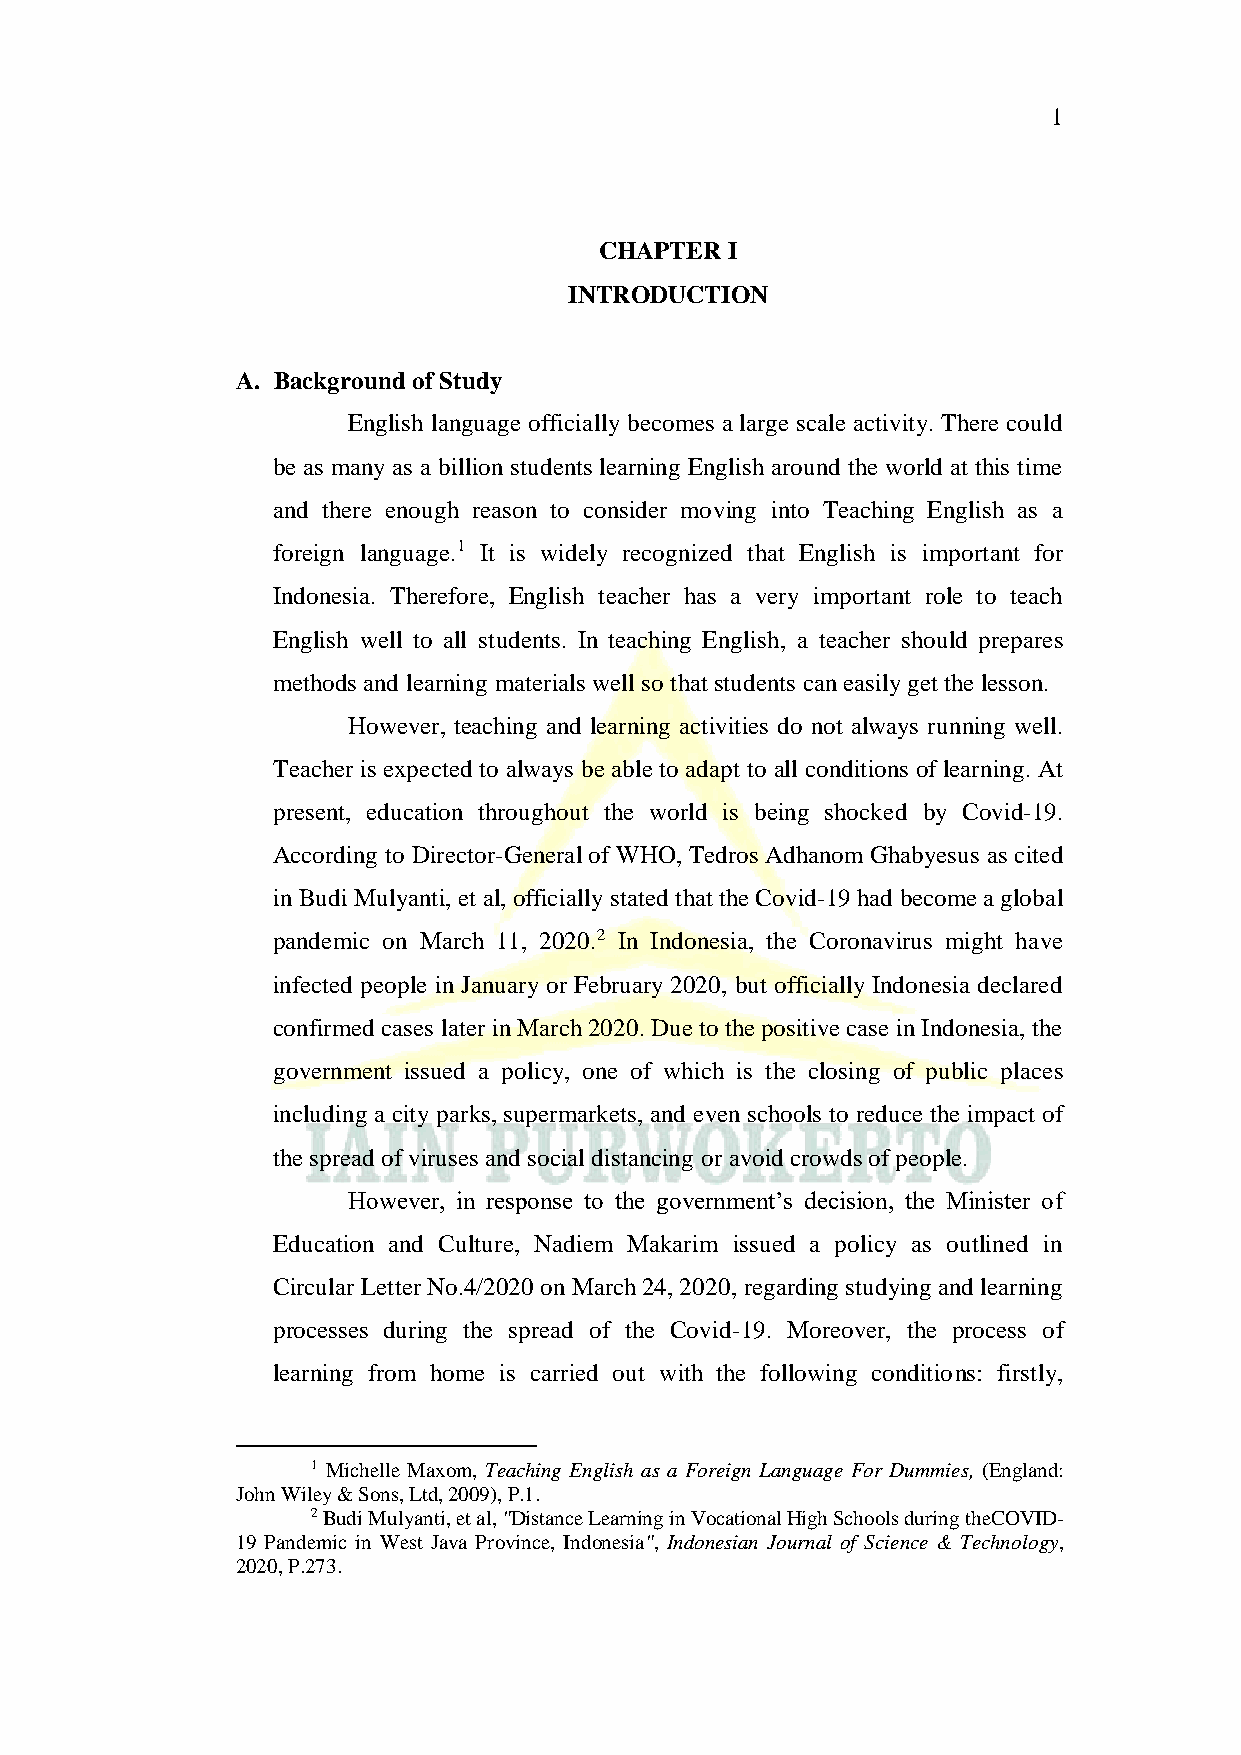
1
 CHAPTER I
 INTRODUCTION
 A. Background of Study
 English language officially becomes a large scale activity. There could
 be as many as a billion students learning English around the world at this time
 and there enough reason to consider moving into Teaching English as a
 foreign language.1 It is widely recognized that English is important for
 Indonesia. Therefore, English teacher has a very important role to teach
 English well to all students. In teaching English, a teacher should prepares
 methods and learning materials well so that students can easily get the lesson.
 However, teaching and learning activities do not always running well.
 Teacher is expected to always be able to adapt to all conditions of learning. At
 present, education throughout the world is being shocked by Covid-19.
 According to Director-General of WHO, Tedros Adhanom Ghabyesus as cited
 in Budi Mulyanti, et al, officially stated that the Covid-19 had become a global
 pandemic on March 11, 2020.2 In Indonesia, the Coronavirus might have
 infected people in January or February 2020, but officially Indonesia declared
 confirmed cases later in March 2020. Due to the positive case in Indonesia, the
 government issued a policy, one of which is the closing of public places
 including a city parks, supermarkets, and even schools to reduce the impact of
 the spread of viruses and social distancing or avoid crowds of people.
 However, in response to the government’s decision, the Minister of
 Education and Culture, Nadiem Makarim issued a policy as outlined in
 Circular Letter No.4/2020 on March 24, 2020, regarding studying and learning
 processes during the spread of the Covid-19. Moreover, the process of
 learning from home is carried out with the following conditions: firstly,
 1 Michelle Maxom, Teaching English as a Foreign Language For Dummies, (England:
 John Wiley & Sons, Ltd, 2009), P.1.
 2 Budi Mulyanti, et al, "Distance Learning in Vocational High Schools during theCOVID-
 19 Pandemic in West Java Province, Indonesia", Indonesian Journal of Science & Technology,
 2020, P.273.